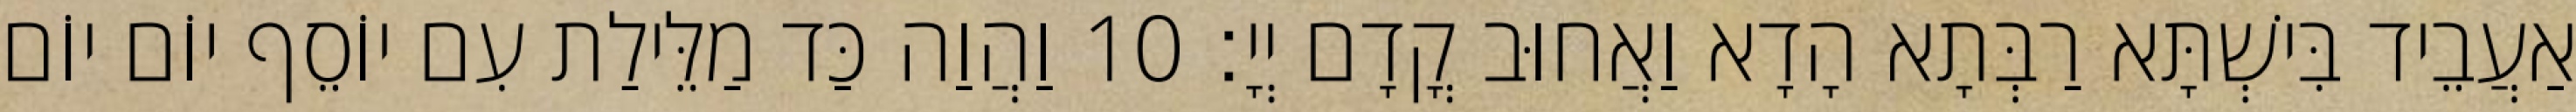
אַעֲבֵיד בִּישְׁתָּא רַבְּתָא הָדָא וַאֲחוּב קֳדָם יְיָ׃ 10 וַהֲוַה כַּד מַלֵּילַת עִם יוֹסֵף יוֹם יוֹם